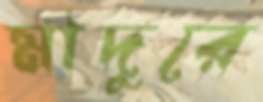
মাদুরে